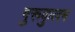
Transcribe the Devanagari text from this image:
गुरूकुलम